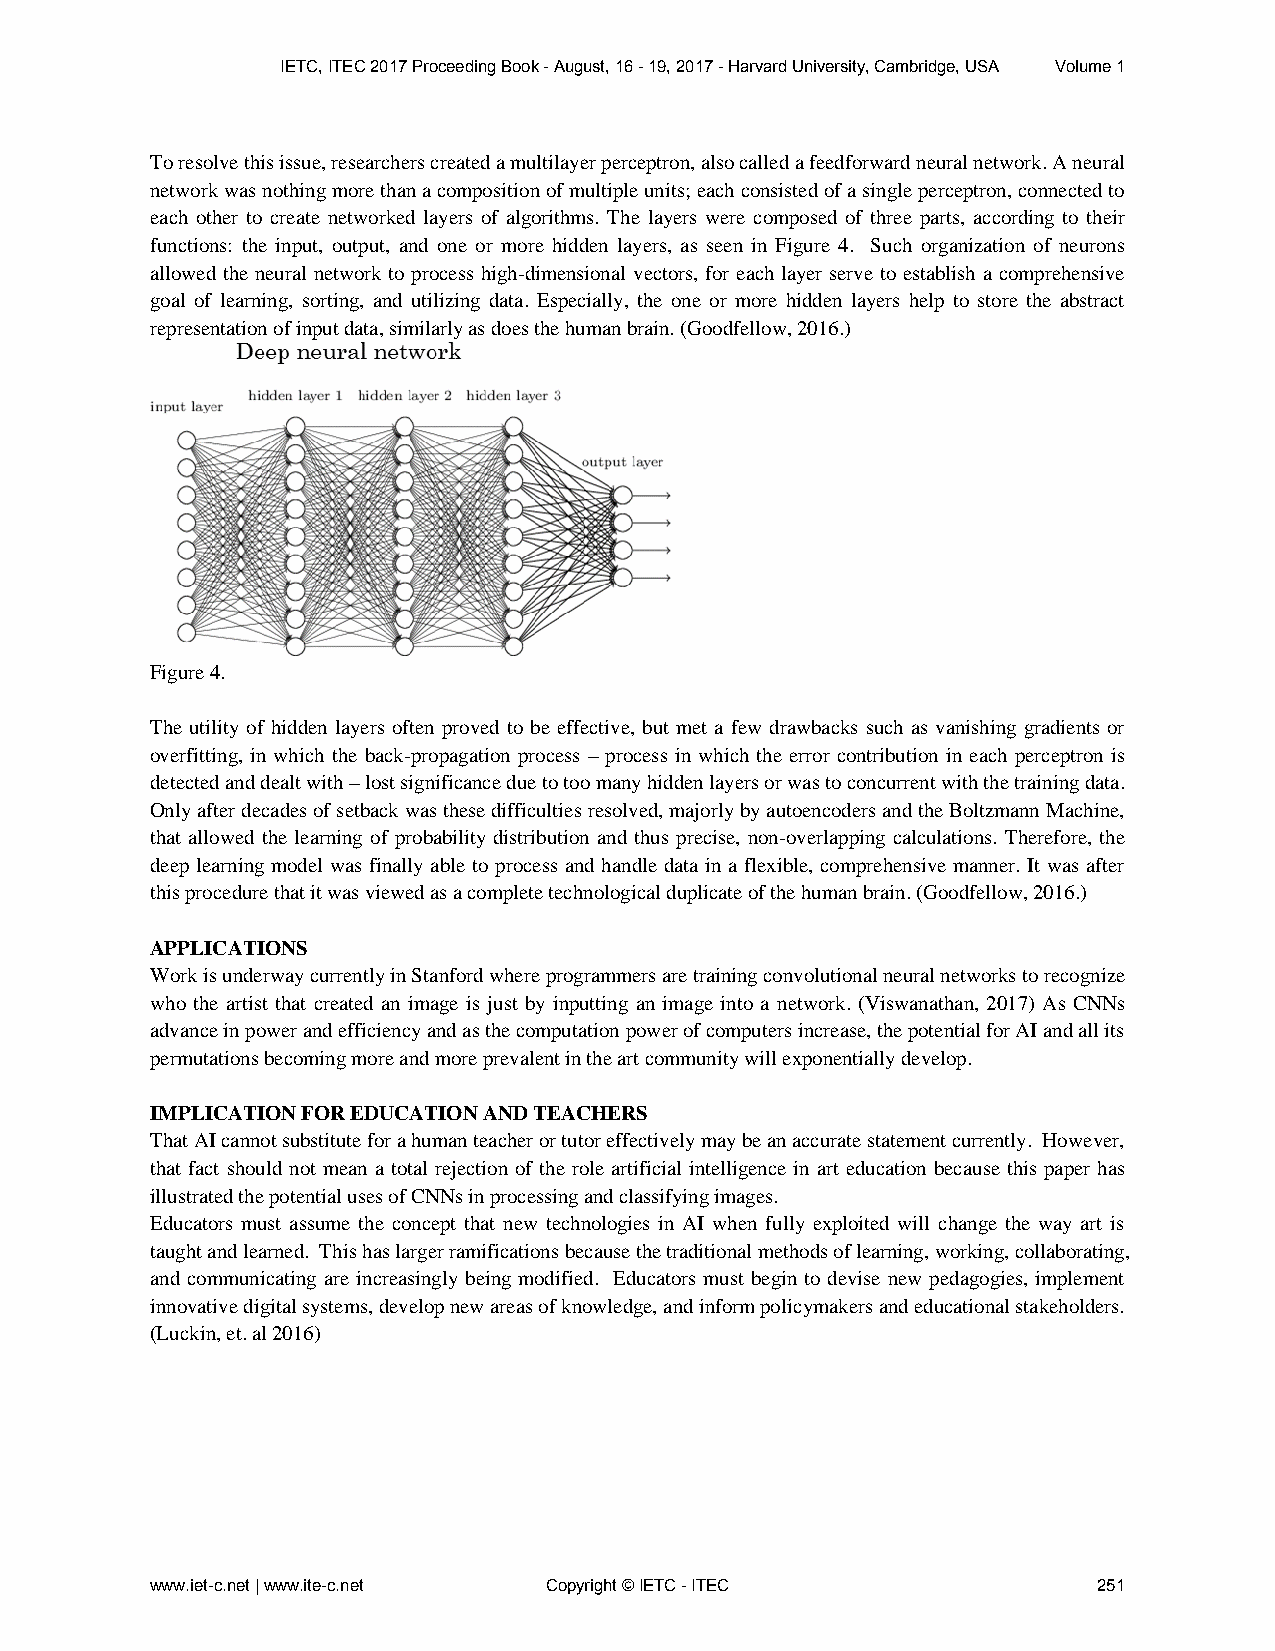
IETC, ITEC 2017 Proceeding Book - August, 16 - 19, 2017 - Harvard University, Cambridge, USA Volume 1
 To resolve this issue, researchers created a multilayer perceptron, also called a feedforward neural network. A neural
 network was nothing more than a composition of multiple units; each consisted of a single perceptron, connected to
 each other to create networked layers of algorithms. The layers were composed of three parts, according to their
 functions: the input, output, and one or more hidden layers, as seen in Figure 4. Such organization of neurons
 allowed the neural network to process high-dimensional vectors, for each layer serve to establish a comprehensive
 goal of learning, sorting, and utilizing data. Especially, the one or more hidden layers help to store the abstract
 representation of input data, similarly as does the human brain. (Goodfellow, 2016.)
 Figure 4.
 The utility of hidden layers often proved to be effective, but met a few drawbacks such as vanishing gradients or
 overfitting, in which the back-propagation process – process in which the error contribution in each perceptron is
 detected and dealt with – lost significance due to too many hidden layers or was to concurrent with the training data.
 Only after decades of setback was these difficulties resolved, majorly by autoencoders and the Boltzmann Machine,
 that allowed the learning of probability distribution and thus precise, non-overlapping calculations. Therefore, the
 deep learning model was finally able to process and handle data in a flexible, comprehensive manner. It was after
 this procedure that it was viewed as a complete technological duplicate of the human brain. (Goodfellow, 2016.)
 APPLICATIONS
 Work is underway currently in Stanford where programmers are training convolutional neural networks to recognize
 who the artist that created an image is just by inputting an image into a network. (Viswanathan, 2017) As CNNs
 advance in power and efficiency and as the computation power of computers increase, the potential for AI and all its
 permutations becoming more and more prevalent in the art community will exponentially develop.
 IMPLICATION FOR EDUCATION AND TEACHERS
 That AI cannot substitute for a human teacher or tutor effectively may be an accurate statement currently. However,
 that fact should not mean a total rejection of the role artificial intelligence in art education because this paper has
 illustrated the potential uses of CNNs in processing and classifying images.
 Educators must assume the concept that new technologies in AI when fully exploited will change the way art is
 taught and learned. This has larger ramifications because the traditional methods of learning, working, collaborating,
 and communicating are increasingly being modified. Educators must begin to devise new pedagogies, implement
 innovative digital systems, develop new areas of knowledge, and inform policymakers and educational stakeholders.
 (Luckin, et. al 2016)
 www.iet-c.net | www.ite-c.net Copyright © IETC - ITEC          251